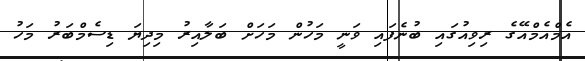
އެމްއެމްއޭގެ ރިވިއުގައި ބުނެފައި ވަނީ މަހުން މަހަށް ބަލާއިރު މިދިޔަ ޑިސެމްބަރު މަހު